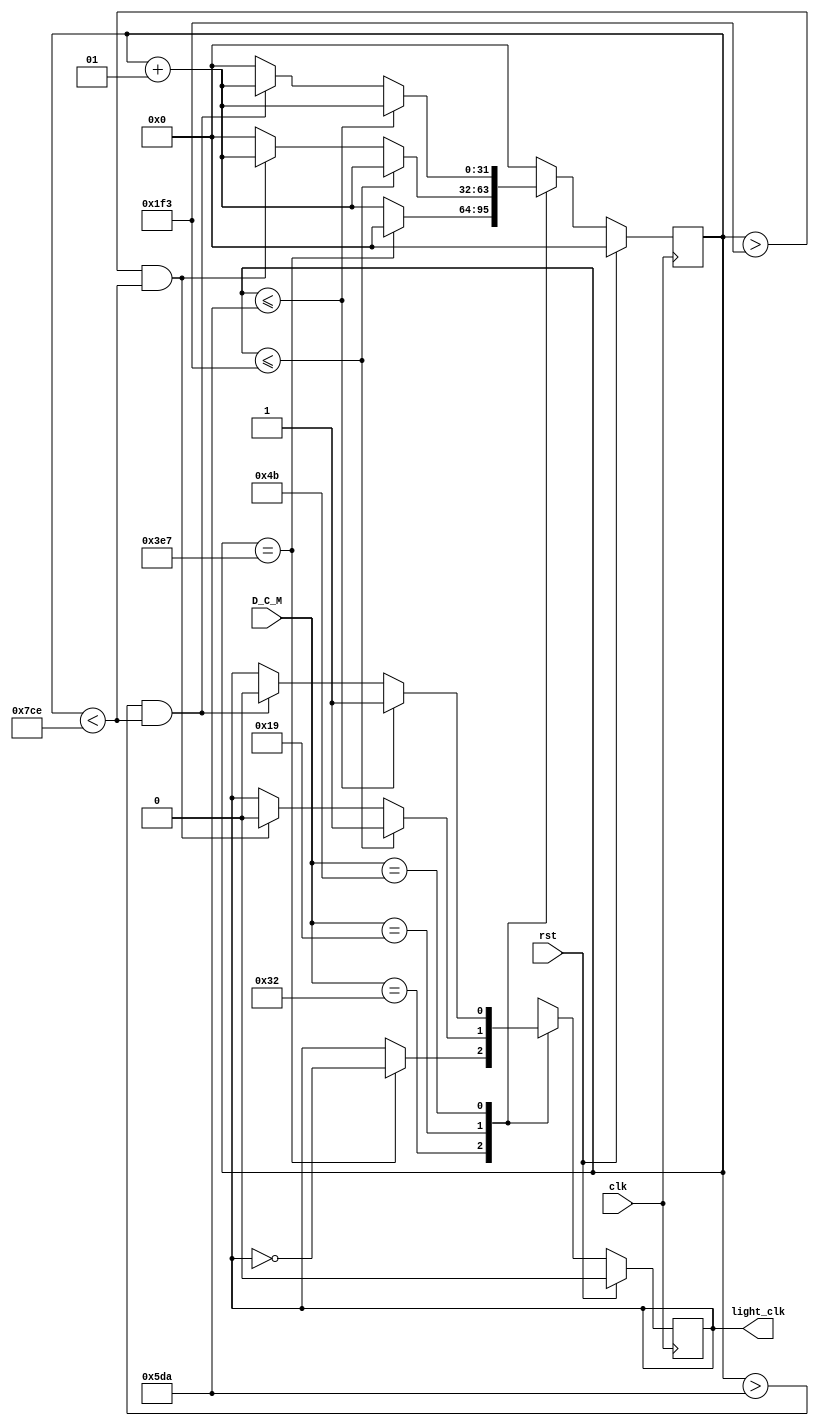
`timescale 1ns / 1ps
//////////////////////////////////////////////////////////////////////////////////
// Company: 
// Engineer: 
// 
// Design Name: 
// Module Name:    PWM_FOR_LIGHT_BR 
// Project Name: 
// Target Devices: 
// Tool versions: 
// Description: 
//
// Dependencies: 
//
// Revision: 
// Revision 0.01 - File Created
// Additional Comments: 
//
//////////////////////////////////////////////////////////////////////////////////
module PWM_FOR_LIGHT_BR(clk,rst,light_clk,D_C_M);

input clk,rst; // clk is default clock that works on 100mhz 
output reg light_clk=0; // light frequency generally works on 50 hzs in india
                  // as simulation will take too much of work i will use 50 k hz
input [6:0] D_C_M; // is duty cycle meter which works on 25,50,75 duty cycles only!!

parameter dim=7'd25,
          normal=7'd50,
			 high=7'd75;
			 
integer counter;
always@(posedge clk) begin
if(rst) begin
counter<=0;
light_clk<=0;
end
else begin
case(D_C_M)
normal: begin
        counter<=0;
		  if(counter==999) begin
		  light_clk<=~light_clk;
		  counter<=0;
		  end
		  else begin
		  light_clk<=light_clk;
		  counter<=counter+1;
		  end
        end

dim:    begin
        counter<=0;
		  if(counter<=499) begin
		  light_clk<=1'b1;
		  counter<=counter+1;
		  end
		  else if(counter>499 && counter<1998) begin
		  light_clk<=1'b0;
		  counter<=counter+1;
		  end
		  else if(counter==1998) begin
		  counter<=0;
		  end
        end

high:   begin
        counter<=0;
		  if(counter<=1498) begin
		  light_clk<=1'b1;
		  counter<=counter+1;
		  end
		  else if(counter>1498 && counter<1998) begin
		  light_clk<=1'b0;
		  counter<=counter+1;
		  end
		  else if(counter==1998) begin
		  counter<=0;
		  end
        end 

default: begin
         counter<=0;
			light_clk<=1'bx;
         end			
endcase
end
end

always@(D_C_M) begin
case(D_C_M) 
dim: $display("LIGHT IS DIM!!!");
normal: $display("LIGHT IS STABLE!!!");
high: $display("LIGHT AT MAX BRIGHTNESS!!!");
default: $display("SET APPROPRIATE LEVEL!!!");
endcase
end


endmodule